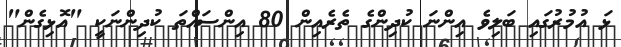
ޅަ އުމުރުގައި ބަލިވެ އިންނަ ކުދިންގެ ތެރެއިން 80 އިންސައްތަ ކުދިންނަކީ "އޮޅިގެން"